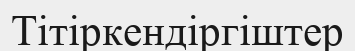
Тітіркендіргіштер